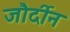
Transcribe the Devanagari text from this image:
जौर्दीन